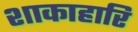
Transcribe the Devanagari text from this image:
शाकाहारि